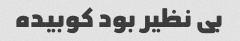
بی نظیر بود کوبیده